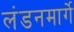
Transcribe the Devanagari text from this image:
लंडनमार्गे